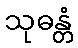
သုဓန္တံ